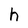
Character: h